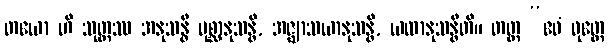
တယော ဟိ သုတ္တဿ အနုသန္ဓီ ပုစ္ဆာနုသန္ဓိ, အဇ္ဈာသယာနုသန္ဓိ, ယထာနုသန္ဓီတိ။ တတ္ထ “ဧဝံ ဝုတ္တေ